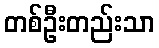
တစ်ဦးတည်းသာ